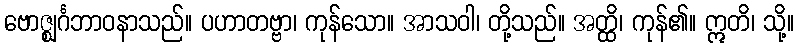
ဗောဇ္ဈင်္ဂဘာဝနာသည်။ ပဟာတဗ္ဗာ၊ ကုန်သော။ အာသဝါ၊ တို့သည်။ အတ္ထိ၊ ကုန်၏။ ဣတိ၊ သို့။